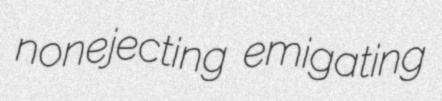
nonejecting emigating